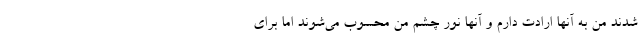
شدند من به آنها ارادت دارم و آنها نور چشم من محسوب می‌شوند اما برای